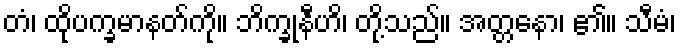
တံ၊ ထိုပက္ခမာနတ်ကို။ ဘိက္ခုနီဟိ၊ တို့သည်။ အတ္တနော၊ ၏။ သီမံ၊